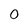
Character: 0